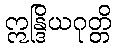
ဣန္ဒြိယဂုတ္တိ